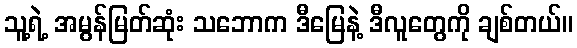
သူ့ရဲ့ အမွန်မြတ်ဆုံး သဘောက ဒီမြေနဲ့ ဒီလူတွေကို ချစ်တယ်။